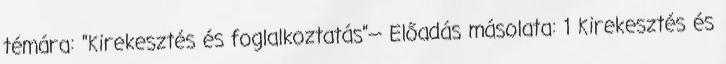
témára: "Kirekesztés és foglalkoztatás"— Előadás másolata: 1 Kirekesztés és